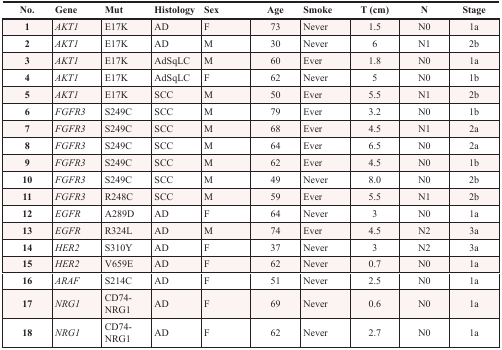
<table><thead><tr><td><b>No.</b></td><td><b>Gene</b></td><td><b>Mut</b></td><td><b>Histology</b></td><td><b>Sex</b></td><td><b>Age</b></td><td><b>Smoke</b></td><td><b>T (cm)</b></td><td><b>N</b></td><td><b>Stage</b></td></tr></thead><tbody><tr><td><b>1</b></td><td><i>AKT1</i></td><td>E17K</td><td>AD</td><td>F</td><td>73</td><td>Never</td><td>1.5</td><td>N0</td><td>1a</td></tr><tr><td><b>2</b></td><td><i>AKT1</i></td><td>E17K</td><td>AD</td><td>M</td><td>30</td><td>Never</td><td>6</td><td>N1</td><td>2b</td></tr><tr><td><b>3</b></td><td><i>AKT1</i></td><td>E17K</td><td>AdSqLC</td><td>M</td><td>60</td><td>Ever</td><td>1.8</td><td>N0</td><td>1a</td></tr><tr><td><b>4</b></td><td><i>AKT1</i></td><td>E17K</td><td>AdSqLC</td><td>F</td><td>62</td><td>Never</td><td>5</td><td>N0</td><td>1b</td></tr><tr><td><b>5</b></td><td><i>AKT1</i></td><td>E17K</td><td>SCC</td><td>M</td><td>50</td><td>Ever</td><td>5.5</td><td>N1</td><td>2b</td></tr><tr><td><b>6</b></td><td><i>FGFR3</i></td><td>S249C</td><td>SCC</td><td>M</td><td>79</td><td>Ever</td><td>3.2</td><td>N0</td><td>1b</td></tr><tr><td><b>7</b></td><td><i>FGFR3</i></td><td>S249C</td><td>SCC</td><td>M</td><td>68</td><td>Ever</td><td>4.5</td><td>N1</td><td>2a</td></tr><tr><td><b>8</b></td><td><i>FGFR3</i></td><td>S249C</td><td>SCC</td><td>M</td><td>64</td><td>Ever</td><td>6.5</td><td>N0</td><td>2a</td></tr><tr><td><b>9</b></td><td><i>FGFR3</i></td><td>S249C</td><td>SCC</td><td>M</td><td>62</td><td>Ever</td><td>4.5</td><td>N0</td><td>1b</td></tr><tr><td><b>10</b></td><td><i>FGFR3</i></td><td>S249C</td><td>SCC</td><td>M</td><td>49</td><td>Never</td><td>8.0</td><td>N0</td><td>2b</td></tr><tr><td><b>11</b></td><td><i>FGFR3</i></td><td>R248C</td><td>SCC</td><td>M</td><td>59</td><td>Ever</td><td>5.5</td><td>N1</td><td>2b</td></tr><tr><td><b>12</b></td><td><i>EGFR</i></td><td>A289D</td><td>AD</td><td>F</td><td>64</td><td>Never</td><td>3</td><td>N0</td><td>1a</td></tr><tr><td><b>13</b></td><td><i>EGFR</i></td><td>R324L</td><td>AD</td><td>M</td><td>74</td><td>Ever</td><td>4.5</td><td>N2</td><td>3a</td></tr><tr><td><b>14</b></td><td><i>HER2</i></td><td>S310Y</td><td>AD</td><td>F</td><td>37</td><td>Never</td><td>3</td><td>N2</td><td>3a</td></tr><tr><td><b>15</b></td><td><i>HER2</i></td><td>V659E</td><td>AD</td><td>F</td><td>62</td><td>Never</td><td>0.7</td><td>N0</td><td>1a</td></tr><tr><td><b>16</b></td><td><i>ARAF</i></td><td>S214C</td><td>AD</td><td>F</td><td>51</td><td>Never</td><td>2.5</td><td>N0</td><td>1a</td></tr><tr><td><b>17</b></td><td><i>NRG1</i></td><td>CD74-NRG1</td><td>AD</td><td>F</td><td>69</td><td>Never</td><td>0.6</td><td>N0</td><td>1a</td></tr><tr><td><b>18</b></td><td><i>NRG1</i></td><td>CD74-NRG1</td><td>AD</td><td>F</td><td>62</td><td>Never</td><td>2.7</td><td>N0</td><td>1a</td></tr></tbody></table>